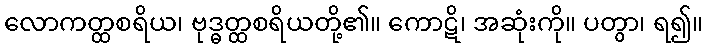
လောကတ္ထစရိယ၊ ဗုဒ္ဓတ္ထစရိယတို့၏။ ကောဋိ၊ အဆုံးကို။ ပတွာ၊ ရ၍။